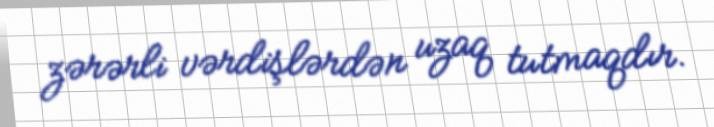
zərərli vərdişlərdən uzaq tutmaqdır.